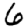
Digit: 6